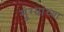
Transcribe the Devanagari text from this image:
मुंग्यांच्या